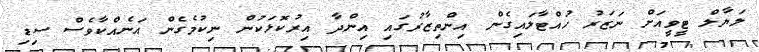
ލަޔާލް ޓީވީއަށް ނަޒަރު ހުއްޓާލައިގެން އިންތިޒާރުގައި އިންދާ އިރުކޮޅަކުން ނިކުމެގެން އަނެއްކާވެސް ސިޑި